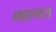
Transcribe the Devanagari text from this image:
लहानस